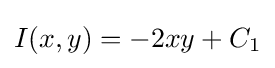
I(x,y)=-2xy+C_{1}